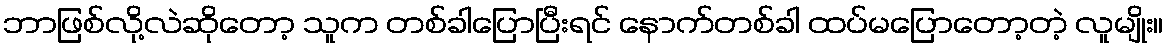
ဘာဖြစ်လို့လဲဆိုတော့ သူက တစ်ခါပြောပြီးရင် နောက်တစ်ခါ ထပ်မပြောတော့တဲ့ လူမျိုး။